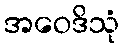
အဝေဒိသုံ